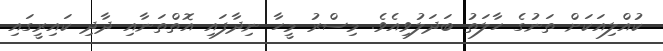
ކުއްލިއަކަށް ތަނުގެ ހާލަތު ބަދަލުވިއެވެ. މިސްރު މީހާ ނިދާފައި އޮތްތަނާއި ދާދި ކައިރީގައި